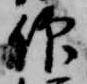
仰